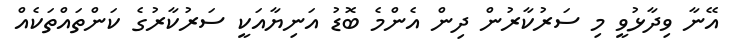
އޭނާ ވިދާޅުވީ މި ސަރުކާރުން ދިން އެންމެ ބޮޑު އަނިޔާއަކީ ސަރުކާރުގެ ކަންތައްތަކެއް